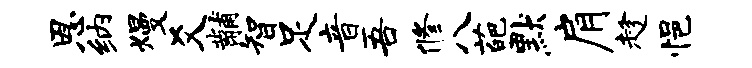
恩纳熳爻黼智足音吾修八葩默肩趁悒